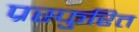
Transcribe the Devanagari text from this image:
प्रस्फुरित